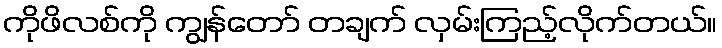
ကိုဖိလစ်ကို ကျွန်တော် တချက် လှမ်းကြည့်လိုက်တယ်။